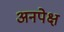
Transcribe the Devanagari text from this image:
अनपेक्ष